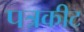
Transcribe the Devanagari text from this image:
पत्रकीट